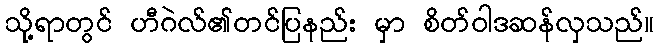
သို့ရာတွင် ဟီဂဲလ်၏တင်ပြနည်း မှာ စိတ်ဝါဒဆန်လှသည်။